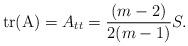
LaTeX: \begin{align*} \operatorname{tr}(\mathrm{A}) = A_{tt} = \frac{(m-2)}{2(m-1)}S. \end{align*}